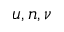
u , n , \nu